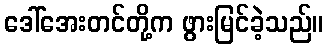
ဒေါ်အေးတင်တို့က ဖွားမြင်ခဲ့သည်။